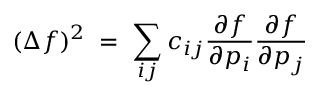
( \Delta f ) ^ { 2 } \; = \; \sum _ { i j } c _ { i j } { \frac { \partial f } { \partial p _ { i } } } { \frac { \partial f } { \partial p _ { j } } }